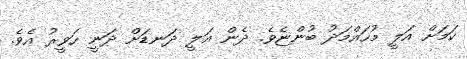
ކަމަށް އަލީ މުހައްމަދު ބުންޏެވެ. ދެން އަލީ ދަނޑަށް ދަނީ ހަވީރު އެވެ.